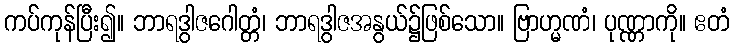
ကပ်ကုန်ပြီး၍။ ဘာရဒွါဇဂေါတ္တံ၊ ဘာရဒွါဇအနွယ်၌ဖြစ်သော။ ဗြာဟ္မဏံ၊ ပုဏ္ဏာကို။ ဧတံ